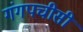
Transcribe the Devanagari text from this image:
गंगपचीसी